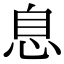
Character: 息